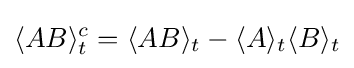
\langle AB\rangle _{t}^{c}=\langle AB\rangle _{t}-\langle A\rangle _{t}\langle B\rangle _{t}